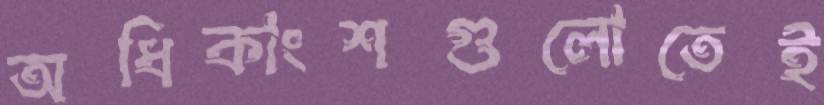
অধিকাংশগুলোতেই